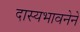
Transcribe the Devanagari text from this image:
दास्यभावनेने